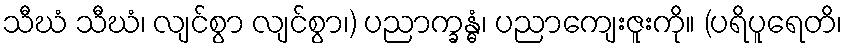
သီဃံ သီဃံ၊ လျင်စွာ လျင်စွာ၊) ပညာက္ခန္ဓံ၊ ပညာကျေးဇူးကို။ (ပရိပူရေတိ၊